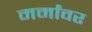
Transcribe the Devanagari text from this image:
मर्मांवर